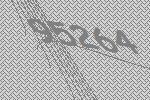
95264